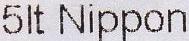
5LT NIPPON